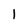
Character: 1